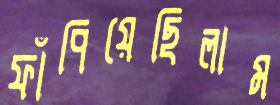
ফাঁপিয়েছিলাম